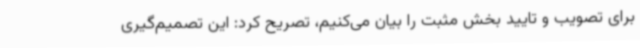
برای تصویب و تایید بخش مثبت را بیان می‌کنیم، تصریح کرد: این تصمیم‌گیری